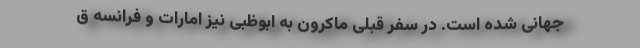
جهانی شده است. در سفر قبلی ماکرون به ابوظبی نیز امارات و فرانسه ق